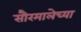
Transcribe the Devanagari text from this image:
सौरमालेच्या